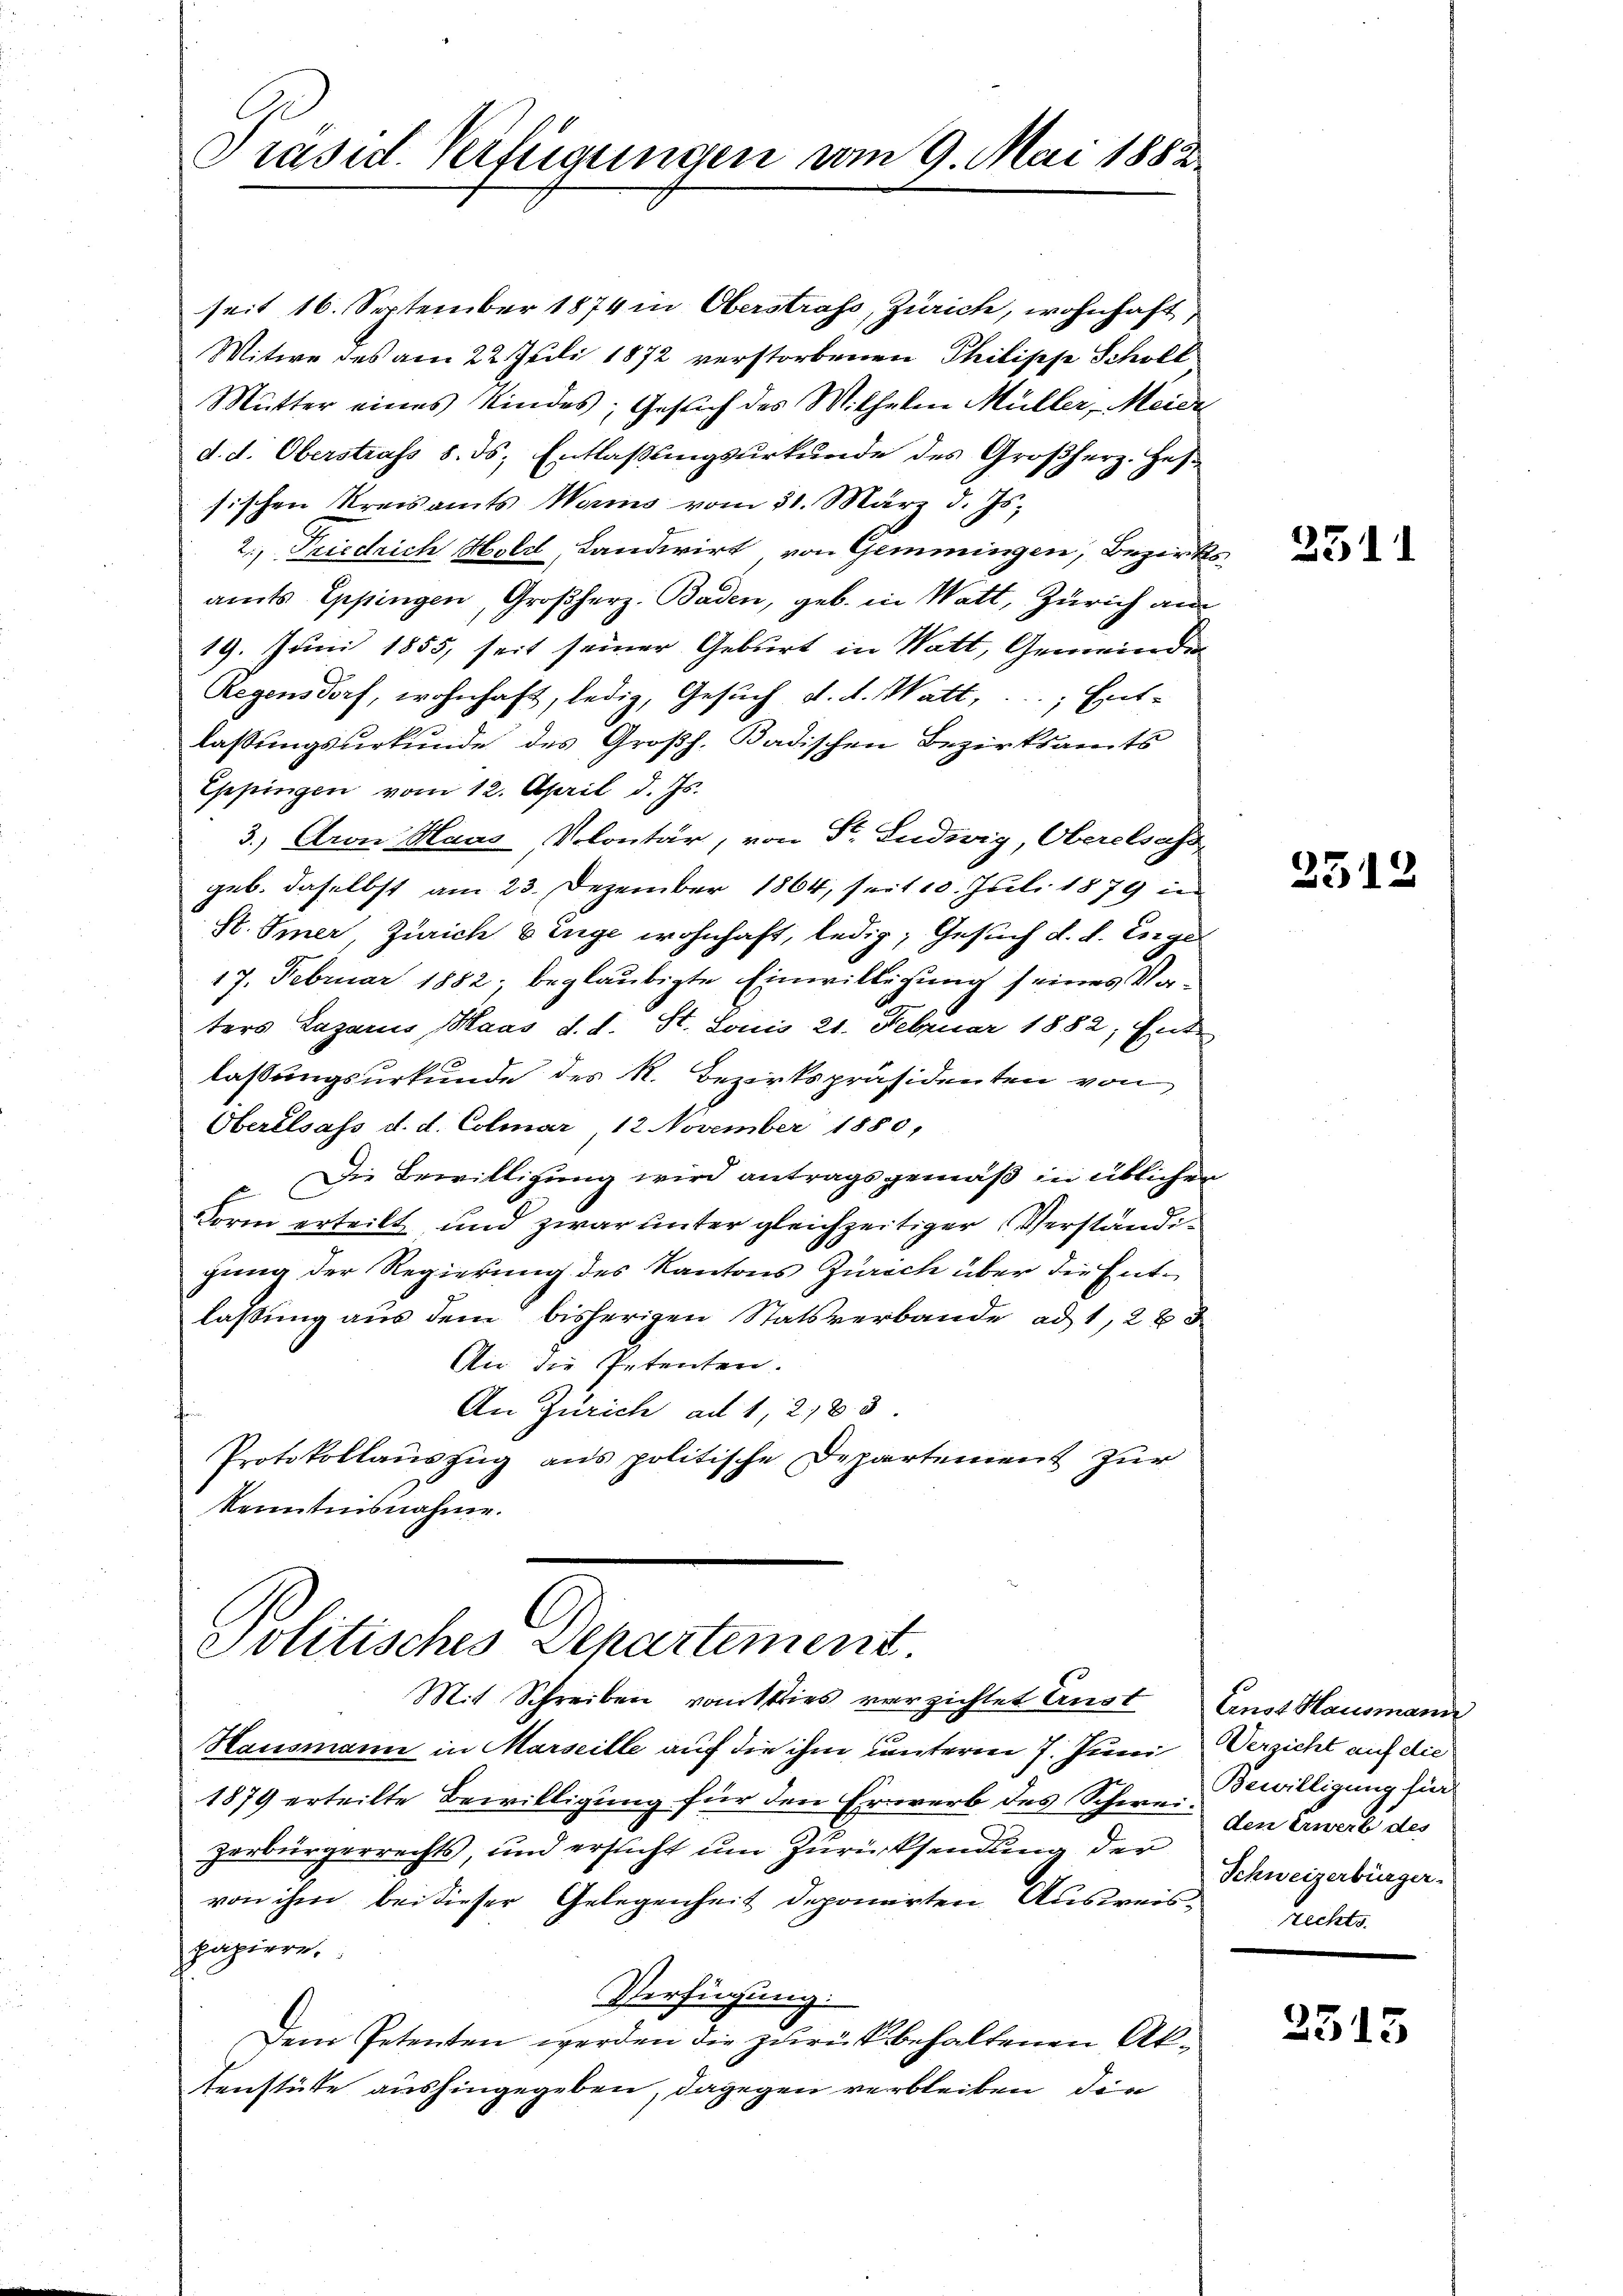
Präsid. Verfügungen vom 9. Mai 1883

17. Februar 1882, beglaubigte Einwilligung seines Vaters Lazarus, Maas d. d. St. Louis 21. Februar 1882; Entlassungsurkunde des R. Bezirkspräsidenten von
Oberelsass d. d. Colmar, 12 November 1880,
Die Bewilligung wird antragsgemäß in üblichen
Form erteilt und zwar unter gleichzeitiger Verständigung der Regierung des Kantons Zürich über die Entlassung aus dem bisherigen Statsverbande ad 1, 22 d
Die die Petenten.
An Zürich ad 1218 d
Protokollauszug aus politische Departement zur
Kenntnisnahme.

seit 16. September 1874 in Oberstrafs, Zürich, wohnhaft
Witwe des am 22. Juli 1872 verstorbenen Philipp Schöll
Mutter eines Kindes; Gesuch des Wilhelm Müller, Meier
d. d. Oberstrafs 8. ds. Entlaβŭngsŭrkŭnde des Großherz. Hes
sischen Kreisamts Wenns vom 31. März d. Js.
2., Friedrich Hold, Landwirt von Gemmingen, Bezirks
amts Eppingen, Großherz. Baden, geb. in Watt, Zürich am
19. Juni 1855, seit seiner Geburt in Watt, Gemeinde
Regensdorf, wohnhaft, ledig, Gesuch d. d. Watt, ... Ent-
lassungsurkunde des Großh. Badischen Bezirksamts
Eppingen vom 12. April d. Js.
3.) Aron Haas Volontär, von St. Ludwig Oberelsass
geb. daselbst am 23. Dezember 1864, seit 10. Juli 1879 in
St. Omer, Zürich 6 Enge wohnhaft, ledig, Gesuch d. d. Eige

Politisches Departement
Mit Schreiben von sties verzichtet Ernst Ernst Hausmann

Hausmann in Marseille auf die ihm unterm 7. Juni
1879 erteilte Bewilligung für den Erwerb des Schweizerbürgerrechts, und ersucht um Zurücksendung der
von ihm bei dieser Gelegenheit deponirten Ausweispapiere.
Verfügung.
Dem Petenten werden die zurückbehaltenen Aktenstüke aushingegeben, dagegen verbleiben, die

3511

2512

Versicht auf die
Bewilligung für
den Erwerb des
Schweizerbürger.
rechts.

2315